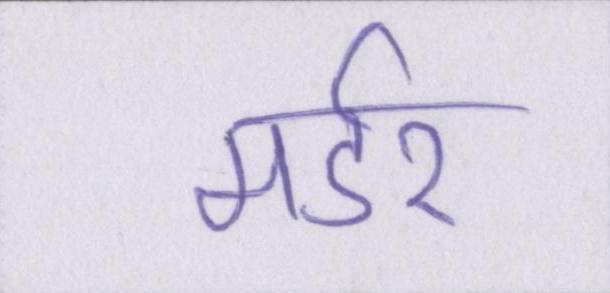
मर्डर